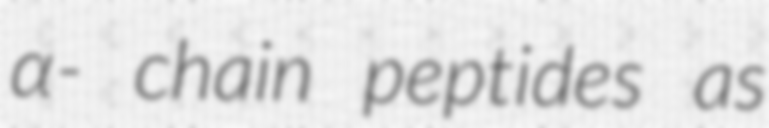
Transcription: α- chain peptides as